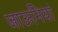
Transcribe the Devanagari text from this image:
जाऊनियां